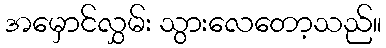
အမှောင်လွှမ်း သွားလေတော့သည်။